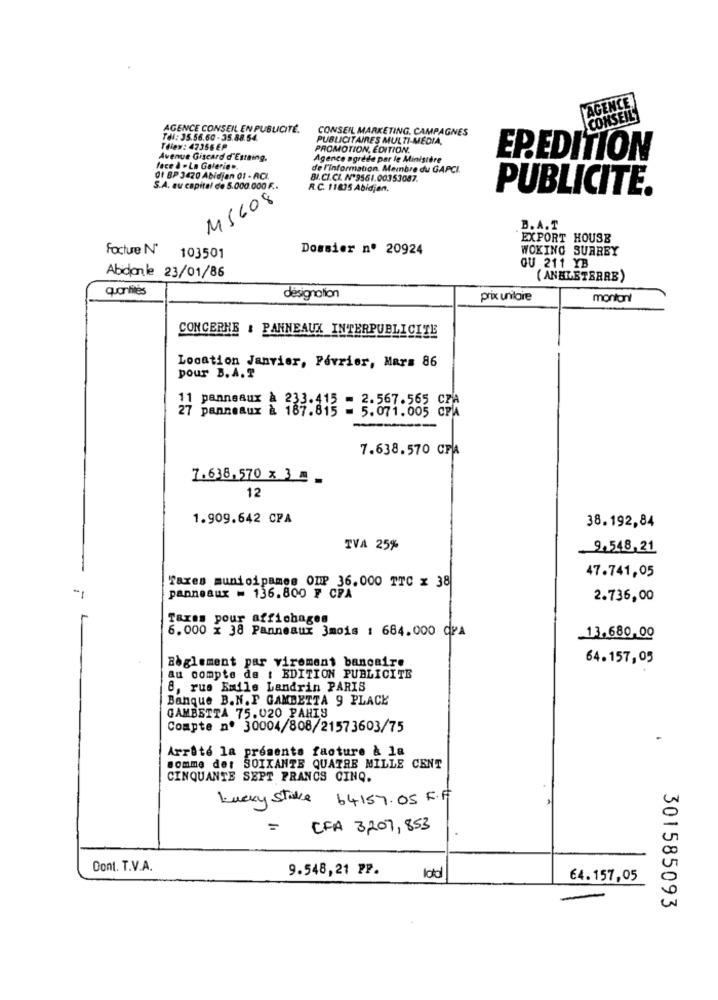
AGENCE
CONSEIL
AGENCE CONSEIL EN PUBLICITÉ.
CONSEIL MARKETING. CAMPAGNES
Tal: 35.56.60 - 35.88.54.
PUBLICITAIRES MULTI-MEDIA,
TAiex: 42356EP
PROMOTION, EDITION.
Avenue Giscard d'Estaing.
Agence agréde par le Ministère
EREDITION
face à . Ln Galerie ..
de l'information. Membre du GAPCI
01 BP 3420 Abidjan 01 - RCI.
BI.CI.CI Nº9551.00353087.
S.A. au capital de 5.000.000 F ..
R.C. 11835 Abidjan.
PUBLICITE.
M5608
.B. A.T
EXPORT HOUSE
Facture Nº
103501
Dossier nº 20924
WOKING SURREY
GU 211 YB
Abdonle 23/01/86
( ANGLETERRE)
quantites
designation
prix uniloie
monton!
CONCERNE : PANNEAUX INTERPUBLICITE
Location Janvier, Février, Mars 86
pour B. A. T
11 panneaux à 233.415 = 2.567.565 Cza
27 panneaux à 187.815 = 5.071.005 CPA
7.638.570 CPA
7.638,570 x 3m _
12
1.909.642 CPA
38.192,84
TVA 25%
9.548,21
47.741,05
Taxes municipames OMP 36.000 TTC x 38
panneaux = 136.800 F CFA
2.736,00
Taxes pour affichages
6.000 x 38 Panneaux 3mois : 684.000 OPA
13,680,00
Règlement par virement bancaire
64.157,05
au compte de : EDITION PUBLICITE
8, rus Baile Landrin PARIS
Banque B.N.F GAMBETTA 9 PLACE
GAMBETTA 75.020 PAHIS
Compte nº 30004/808/21573603/75
Arrêté la présents facture à la
somme de: SOIXANTE QUATRE MILLE CENT
CINQUANTE SEPT PRANOS CINQ.
Lucky Stove 64157.05 F.F
=
CFA 3,207, 853
Dont. T.V.A.
9.548,21 PP.
lold
64.157,05
301585093